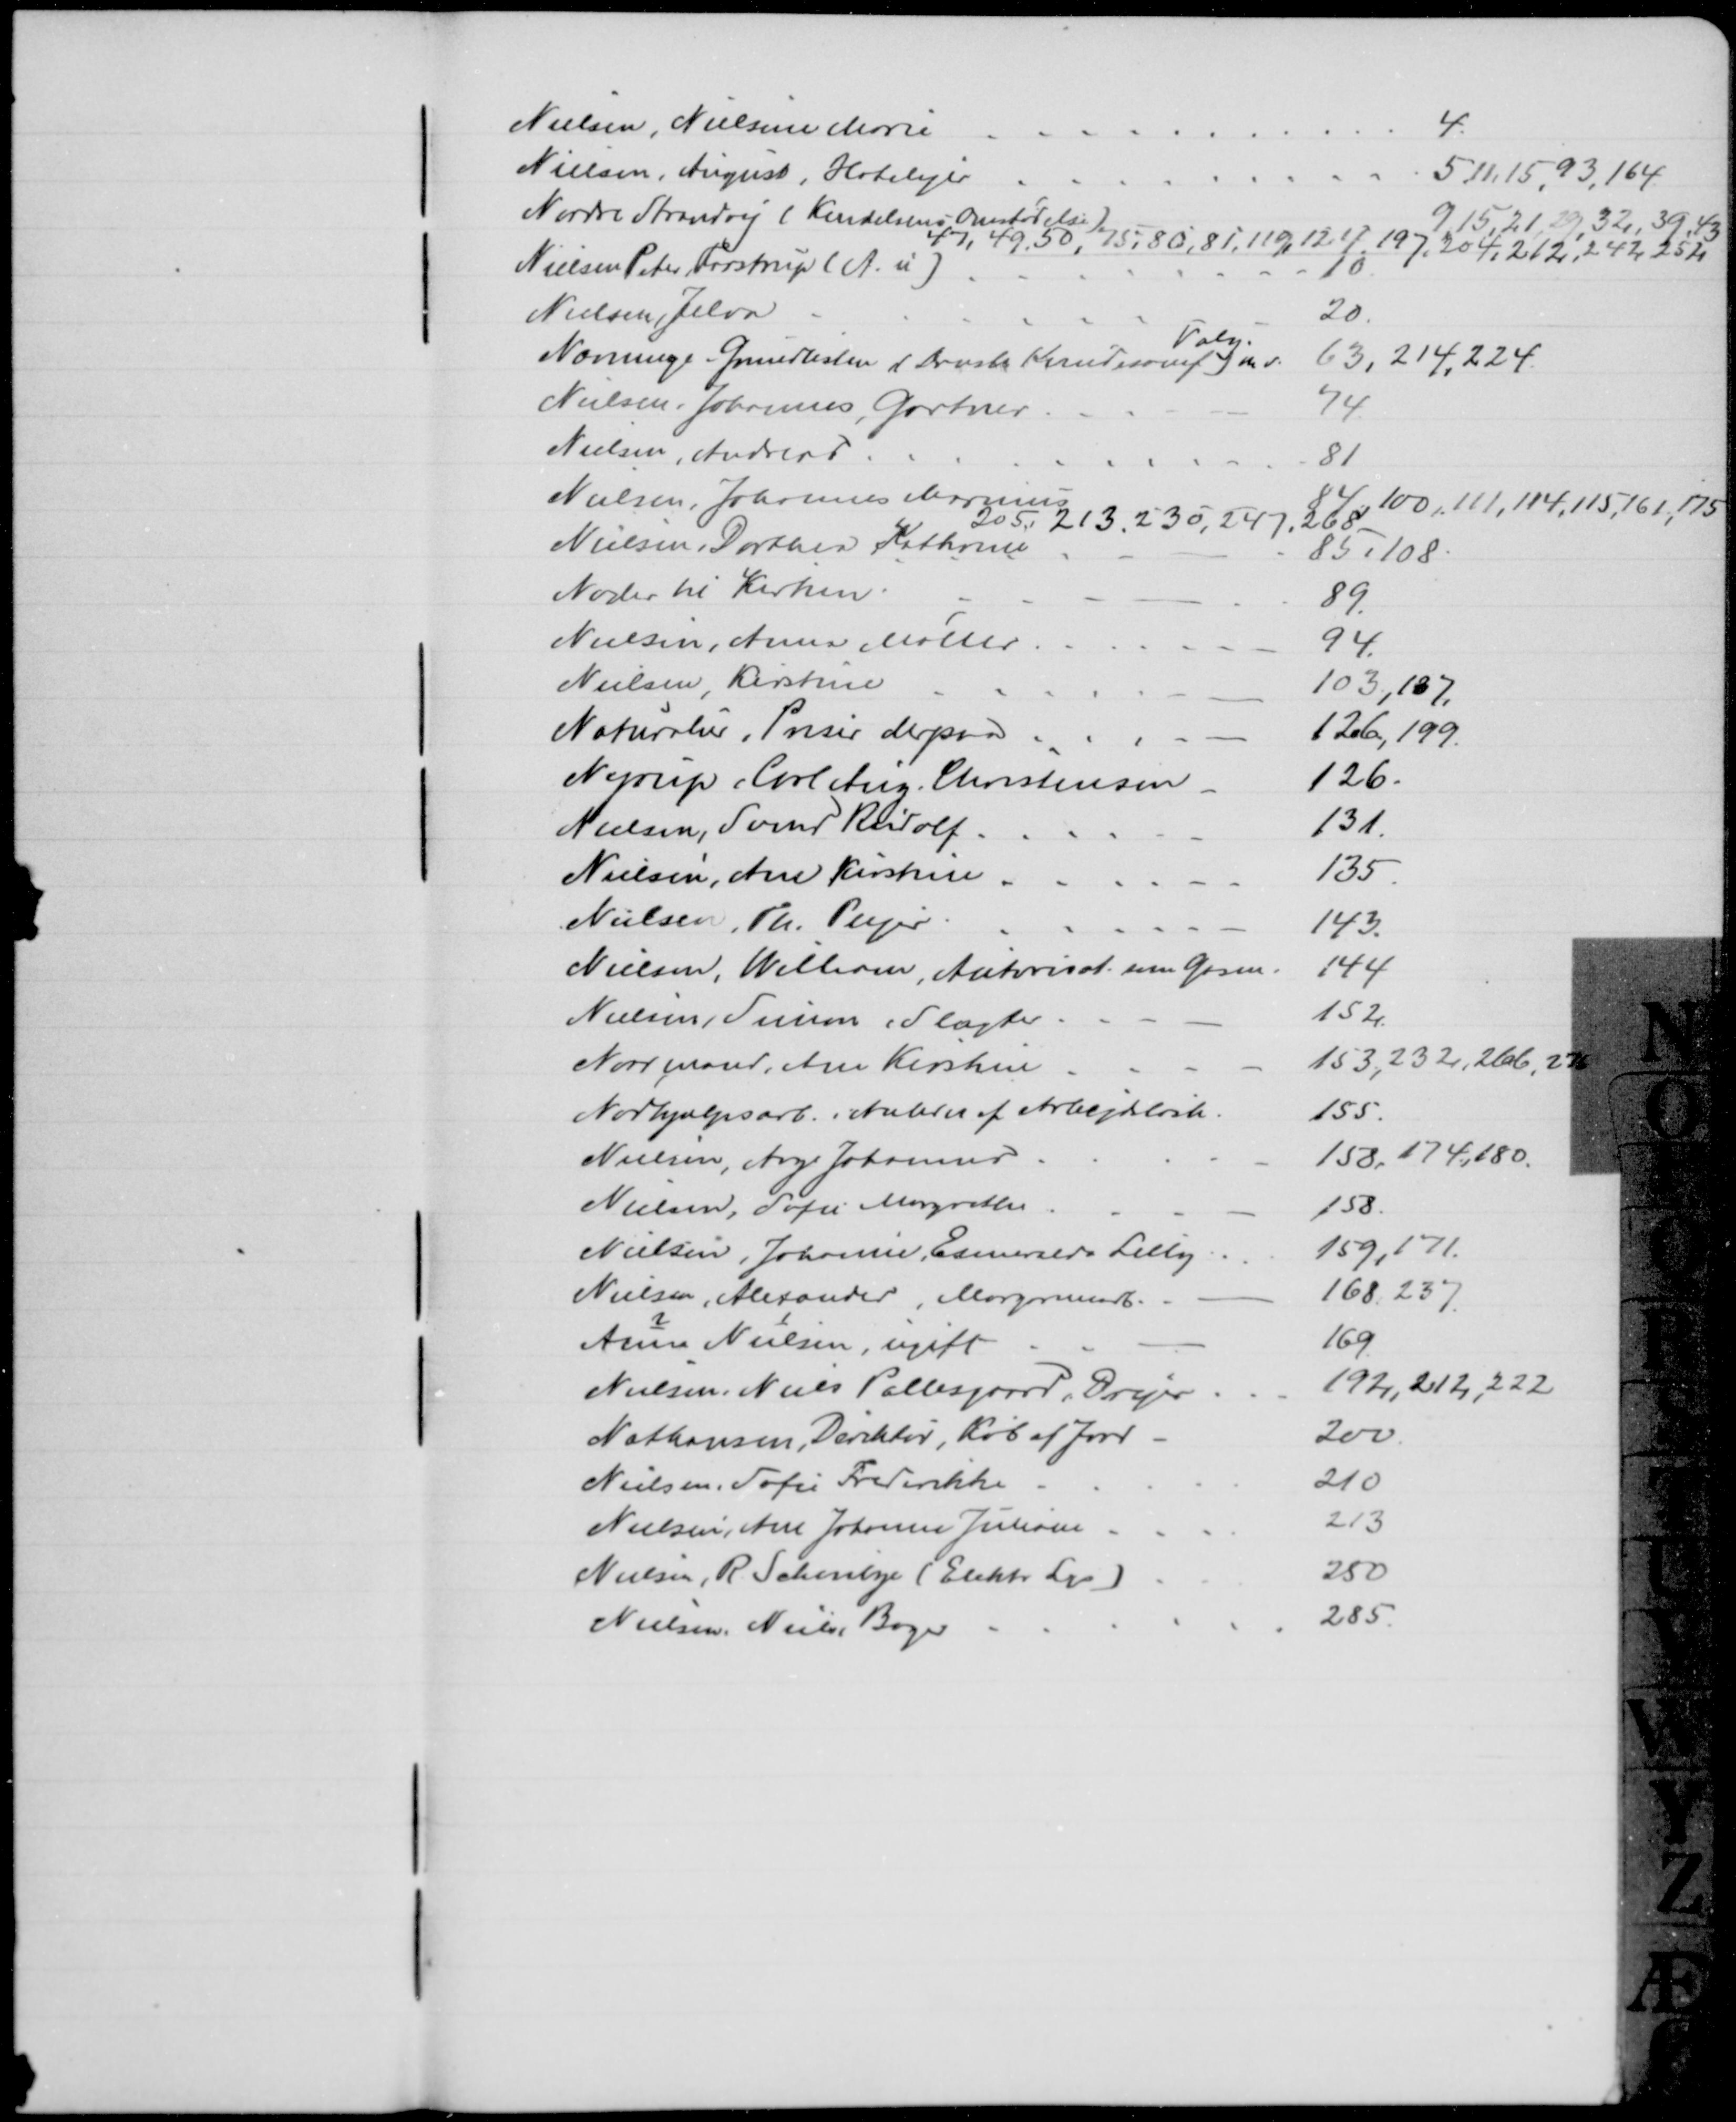
Transskription:
Nielsen, Nielsine Marie
4
Nielsen, August, Hotelejer
5.11,15, 93, 164
Nordre Strandvej (Kendelsens Omstødelse)
9, 15, 21, 29, 32, 39, 43
47, 49, 50, 75, 80, 81, 119, 124, 197, 204, 212, 242, 252
Nielsen, Peter Farstrup (A. u)
10
Nielsen, Jelva
20
Nævninge, Grundlisten (Dansk Kvindesamf) m. v.
Valg.
63, 214, 224.
Nielsen, Johannes Gartner
74
Nielsen, Andreas
81
Nielsen, Johannes Marius
84, 100, 111, 114, 115, 161, 175
205, 213, 230,247. 268
Nielsen, Dorthea Kathrine
85,108
Noder til Kirken
89.
Nielsen, Anna Møller
94
Nielsen Kirstine
103, 187
Naturalier, Priser derpaa
126, 199.
Nyrup, Carl Aug. Christensen
126
Nielsen, Svend Rudolf
131
Nielsen, Ane Kirsten
135
Nielsen, Th. Plejer
143.
Nielsen, William, Autorisat. som Gasm.
144
Nielsen, Simon, Slagter
152
Normand, Ane Kirstine
153, 232, 266, 275
Nødhjælpsarb i Anledn. af Arbejdsløsh
155
Nielsen, Aage Johannes
158,174,180
Nielsen, Sofie Margrethe
158
Nielsen, Johanne Esmeralda Lilly
159,171.
Nielsen, Alexander, Margarinearb.
168, 237
2
1
Anne Nielsen, ugift
169
Nielsen, Niels Pallesgaard, Drejer
192, 212, 222
Nathansen, Direktør, Køb af Jord
200
Nielsen, Sofie Frederikke
210
Nielsen, Ane Johanne Juliane
213
Nielsen, R. Schobye (Elektr Lys)
250
Nielsen, Niels, Bager
285